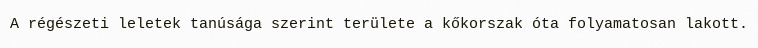
A régészeti leletek tanúsága szerint területe a kőkorszak óta folyamatosan lakott.